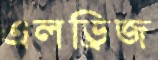
এলড্রিজ